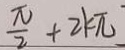
\frac { \pi } { 2 } + 2 k \pi